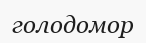
голодомор